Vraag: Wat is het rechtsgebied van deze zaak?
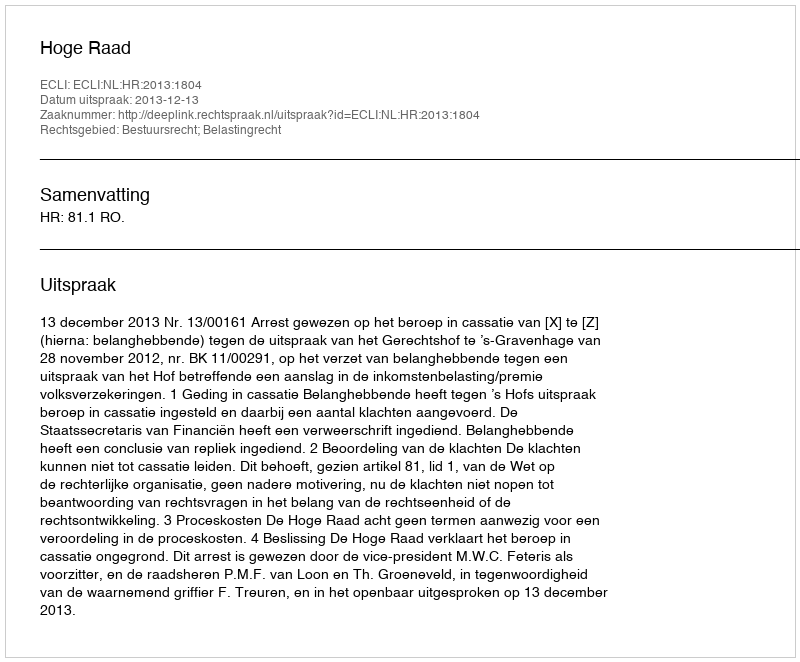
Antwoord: Bestuursrecht; Belastingrecht